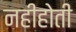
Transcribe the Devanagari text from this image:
नहीहोती